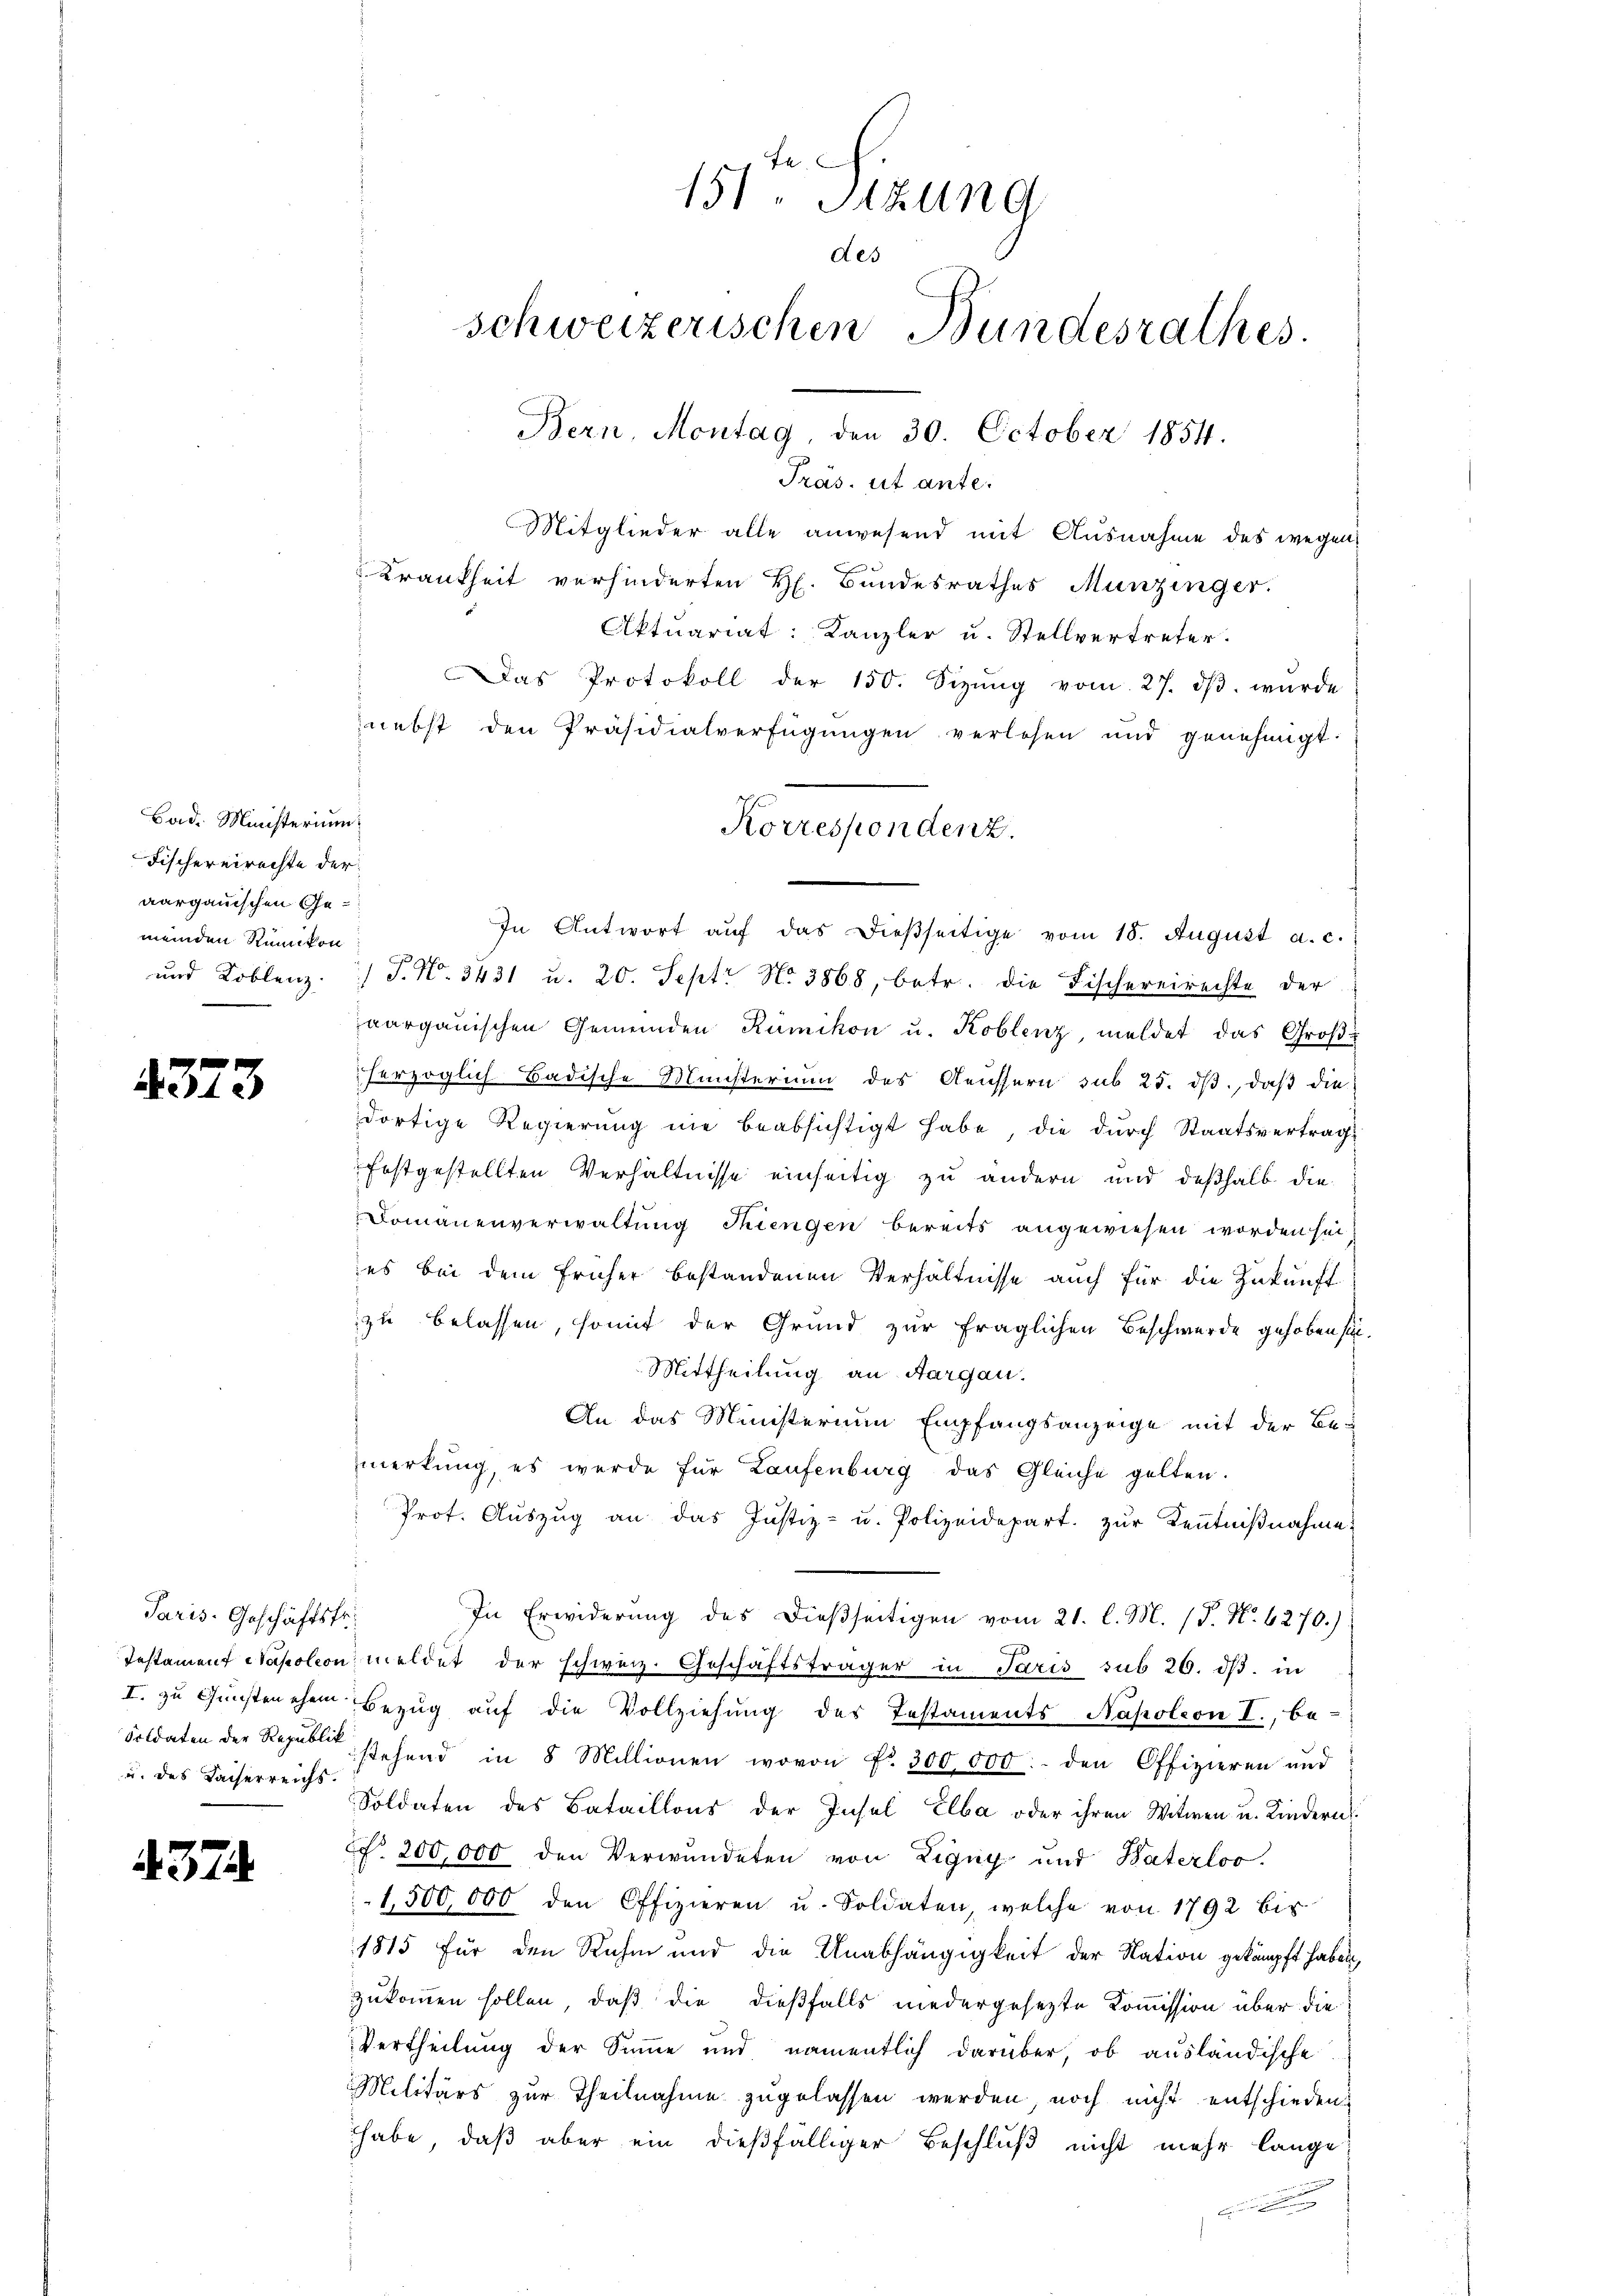
Bad. Ministerium
Fischereirechte der
aargauischen Gemeinden Rümikon

4373

Paris Geschäftsfr.
und des Kaiserreichs.

437

.

Präs. et ante.
Mitglieder alle anwesend mit Ausnahme des wegen
Krankheit verhinderten H. Bŭndesrathes Munzinger.
Aktuariat: Kanzler u. Stellvertreter.
Das Protokoll der 150. Sizŭng vom 27. dβ. wurde
nebst den Präsidialverfügŭngen verlesen und genehmigt.
ŭnd Koblenz. J. N. 3431 u. 20. Sept No 3868, betr. die Fischereirechte der
aargauischen Gemeinden Rümikon u. Koblenz, meldet das Großherzoglich Badische Münsterium des Aeussern sub 25. dβ, daβ die
dortige Regierung nie beabsichtigt habe, die durch Staatsvertragfestgestellten Verhältnisse einseitig zu andern und deßhalb die
Domänenverwaltung Thiengen bereits angewiesen worden sei
es bei dem früher bestandenen Verhältnisse auch für die Zukunft
zu belassen, somit der Grund zur fraglichen Beschwerde gehoben sich.
Mittheilung an Aargau.
An das Ministerium Empfangsanzeige mit der Be-
merkung, es werde für Laufenburg das Gleiche gelten.
Prot. Auszug an das Justiz- u. Polizeidepart. zur Kenntnißnahme
In Erwiderung des dießseitigen vom 21. l. M. (T. N. 6270.)
Testament Napoleon meldet der schweiz. Geschäftsträger in Paris sub 26. dβ. in
I. zu Gunsten ehen Bezug auf die Vollziehung des Testaments Napoleon I., be¬
Soldaten der Regel stehend in 8 Millionen, wovon fr. 300,000. den Offizieren und
Soldaten des Bataillons der Insel Elba oder ihren Witwen u. Kindern
. 200,000 den Verwundeten von Ligug und Baterloo.
1,500,000 den Offizieren u. Soldaten, welche von 1792 bis
1815 für den Rahm und die Unabhängigkeit der Nation gekämpft haben,
zukommen sollen, daß die dießfalls niedergesezte Kommission über die
Vertheilung der Summe und namentlich darüber, ob ausländische
Militärs zur Theilnahme zugelassen werden noch nicht entschieden:
habe, daß aber ein dießfälliger Beschluß nicht mehr lange

151. Sitzung
des
schweizerischen Bundesrathes.
Bern, Montag, den 30. October 1854.

Korrespondenz.
In Antwort aŭf das dießseitige vom 18. August a. c.